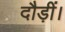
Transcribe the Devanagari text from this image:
दौड़ीं।